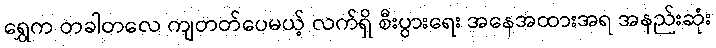
ရွှေက တခါတလေ ကျတတ်ပေမယ့် လက်ရှိ စီးပွားရေး အနေအထားအရ အနည်းဆုံး